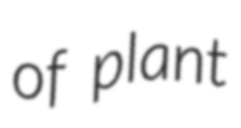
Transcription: of plant